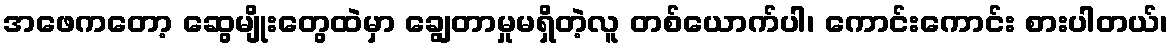
အဖေကတော့ ဆွေမျိုးတွေထဲမှာ ချွေတာမှုမရှိတဲ့လူ တစ်ယောက်ပါ၊ ကောင်းကောင်း စားပါတယ်၊